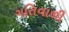
ગતિવાળી